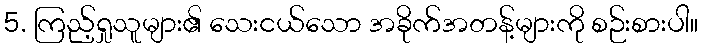
5. ကြည့်ရှုသူများ၏ သေးငယ်သော အခိုက်အတန့်များကို စဉ်းစားပါ။